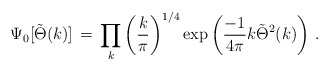
\begin{align*}\Psi_0 [\tilde{\Theta} (k)]\, =\, \prod_k \left({k\over \pi}\right)^{1/4} \exp\left({-1\over 4\pi} k \tilde{\Theta}^2 (k)\right)\, .\end{align*}